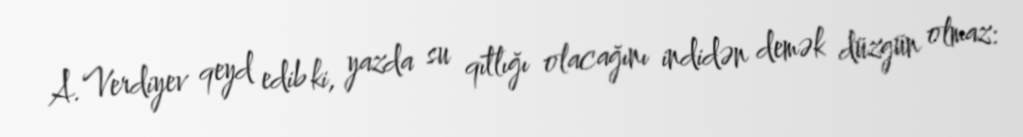
A.Verdiyev qeyd edib ki, yazda su qıtlığı olacağını indidən demək düzgün olmaz: